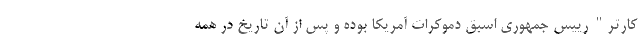
کارتر" رییس جمهوری اسبق دموکرات آمریکا بوده و پس از آن تاریخ در همه